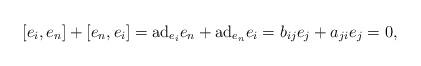
LaTeX: \begin{align*}[e_i,e_n]+[e_n,e_i]={\rm ad}_{e_i}e_n+{\rm ad}_{e_n}e_i=b_{ij}e_j+a_{ji}e_j=0,\end{align*}